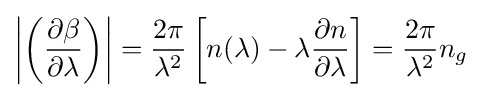
\left|\left({\frac {\partial \beta }{\partial \lambda }}\right)\right|={\frac {2\pi }{\lambda ^{2}}}\left[n(\lambda )-\lambda {\frac {\partial n}{\partial \lambda }}\right]={\frac {2\pi }{\lambda ^{2}}}n_{g}